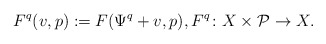
\begin{align*} F^q(v,p) := F(\Psi^q + v, p),F^q\colon X\times\mathcal P\to X.\end{align*}